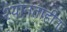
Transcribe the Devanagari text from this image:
श्यानताहीन